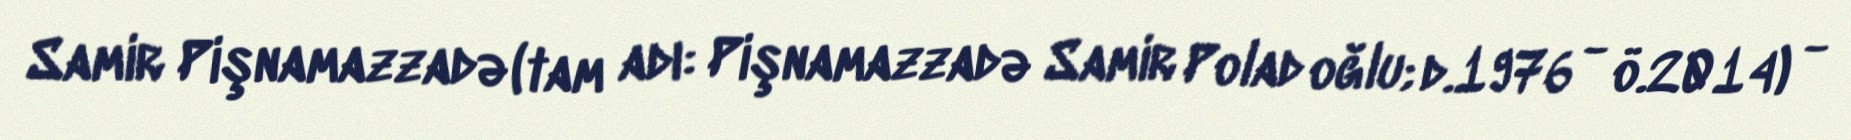
Samir Pişnamazzadə (tam adı: Pişnamazzadə Samir Polad oğlu; d.1976 - ö.2014) -